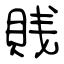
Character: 賎